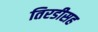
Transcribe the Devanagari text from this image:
तिरडीसह